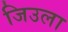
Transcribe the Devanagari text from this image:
जिउला